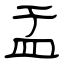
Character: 盂